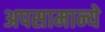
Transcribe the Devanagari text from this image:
अपसामान्ये